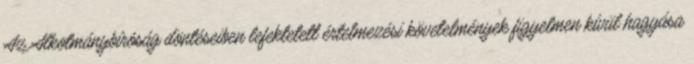
Az Alkotmánybíróság döntéseiben lefektetett értelmezési követelmények figyelmen kívül hagyása